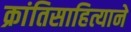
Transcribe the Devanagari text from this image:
क्रांतिसाहित्याने